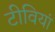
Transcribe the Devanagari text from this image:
टीवियां